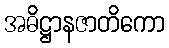
အဓိဋ္ဌာနဇာတိကော